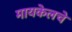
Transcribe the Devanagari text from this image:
मायकेलचे